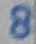
Text: 8